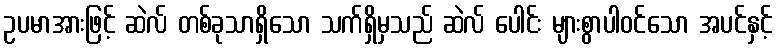
ဥပမာအားဖြင့် ဆဲလ် တစ်ခုသာရှိသော သက်ရှိမှသည် ဆဲလ် ပေါင်း များစွာပါဝင်သော အပင်နှင့်